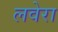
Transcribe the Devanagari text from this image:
लवेरा